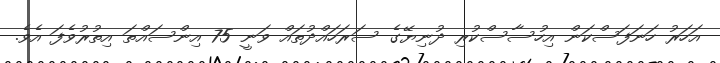
އަހަރު ހަނަފަސްކަން އިހުސާސްކުރި ދުނިޔޭގެ ސަރަހައްދުތައް ވަނީ 75 އިންސައްތަ އިތުރުވެފަ އެވެ.